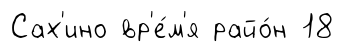
Сах'ино вр'е́м'я райо́н 18